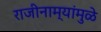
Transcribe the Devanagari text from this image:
राजीनाम्यांमुळे